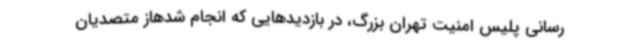
رسانی پلیس امنیت تهران بزرگ، در بازدیدهایی که انجام شدهاز متصدیان